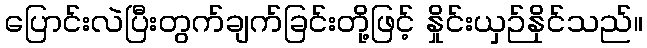
ပြောင်းလဲပြီးတွက်ချက်ခြင်းတို့ဖြင့် နှိုင်းယှဉ်နိုင်သည်။